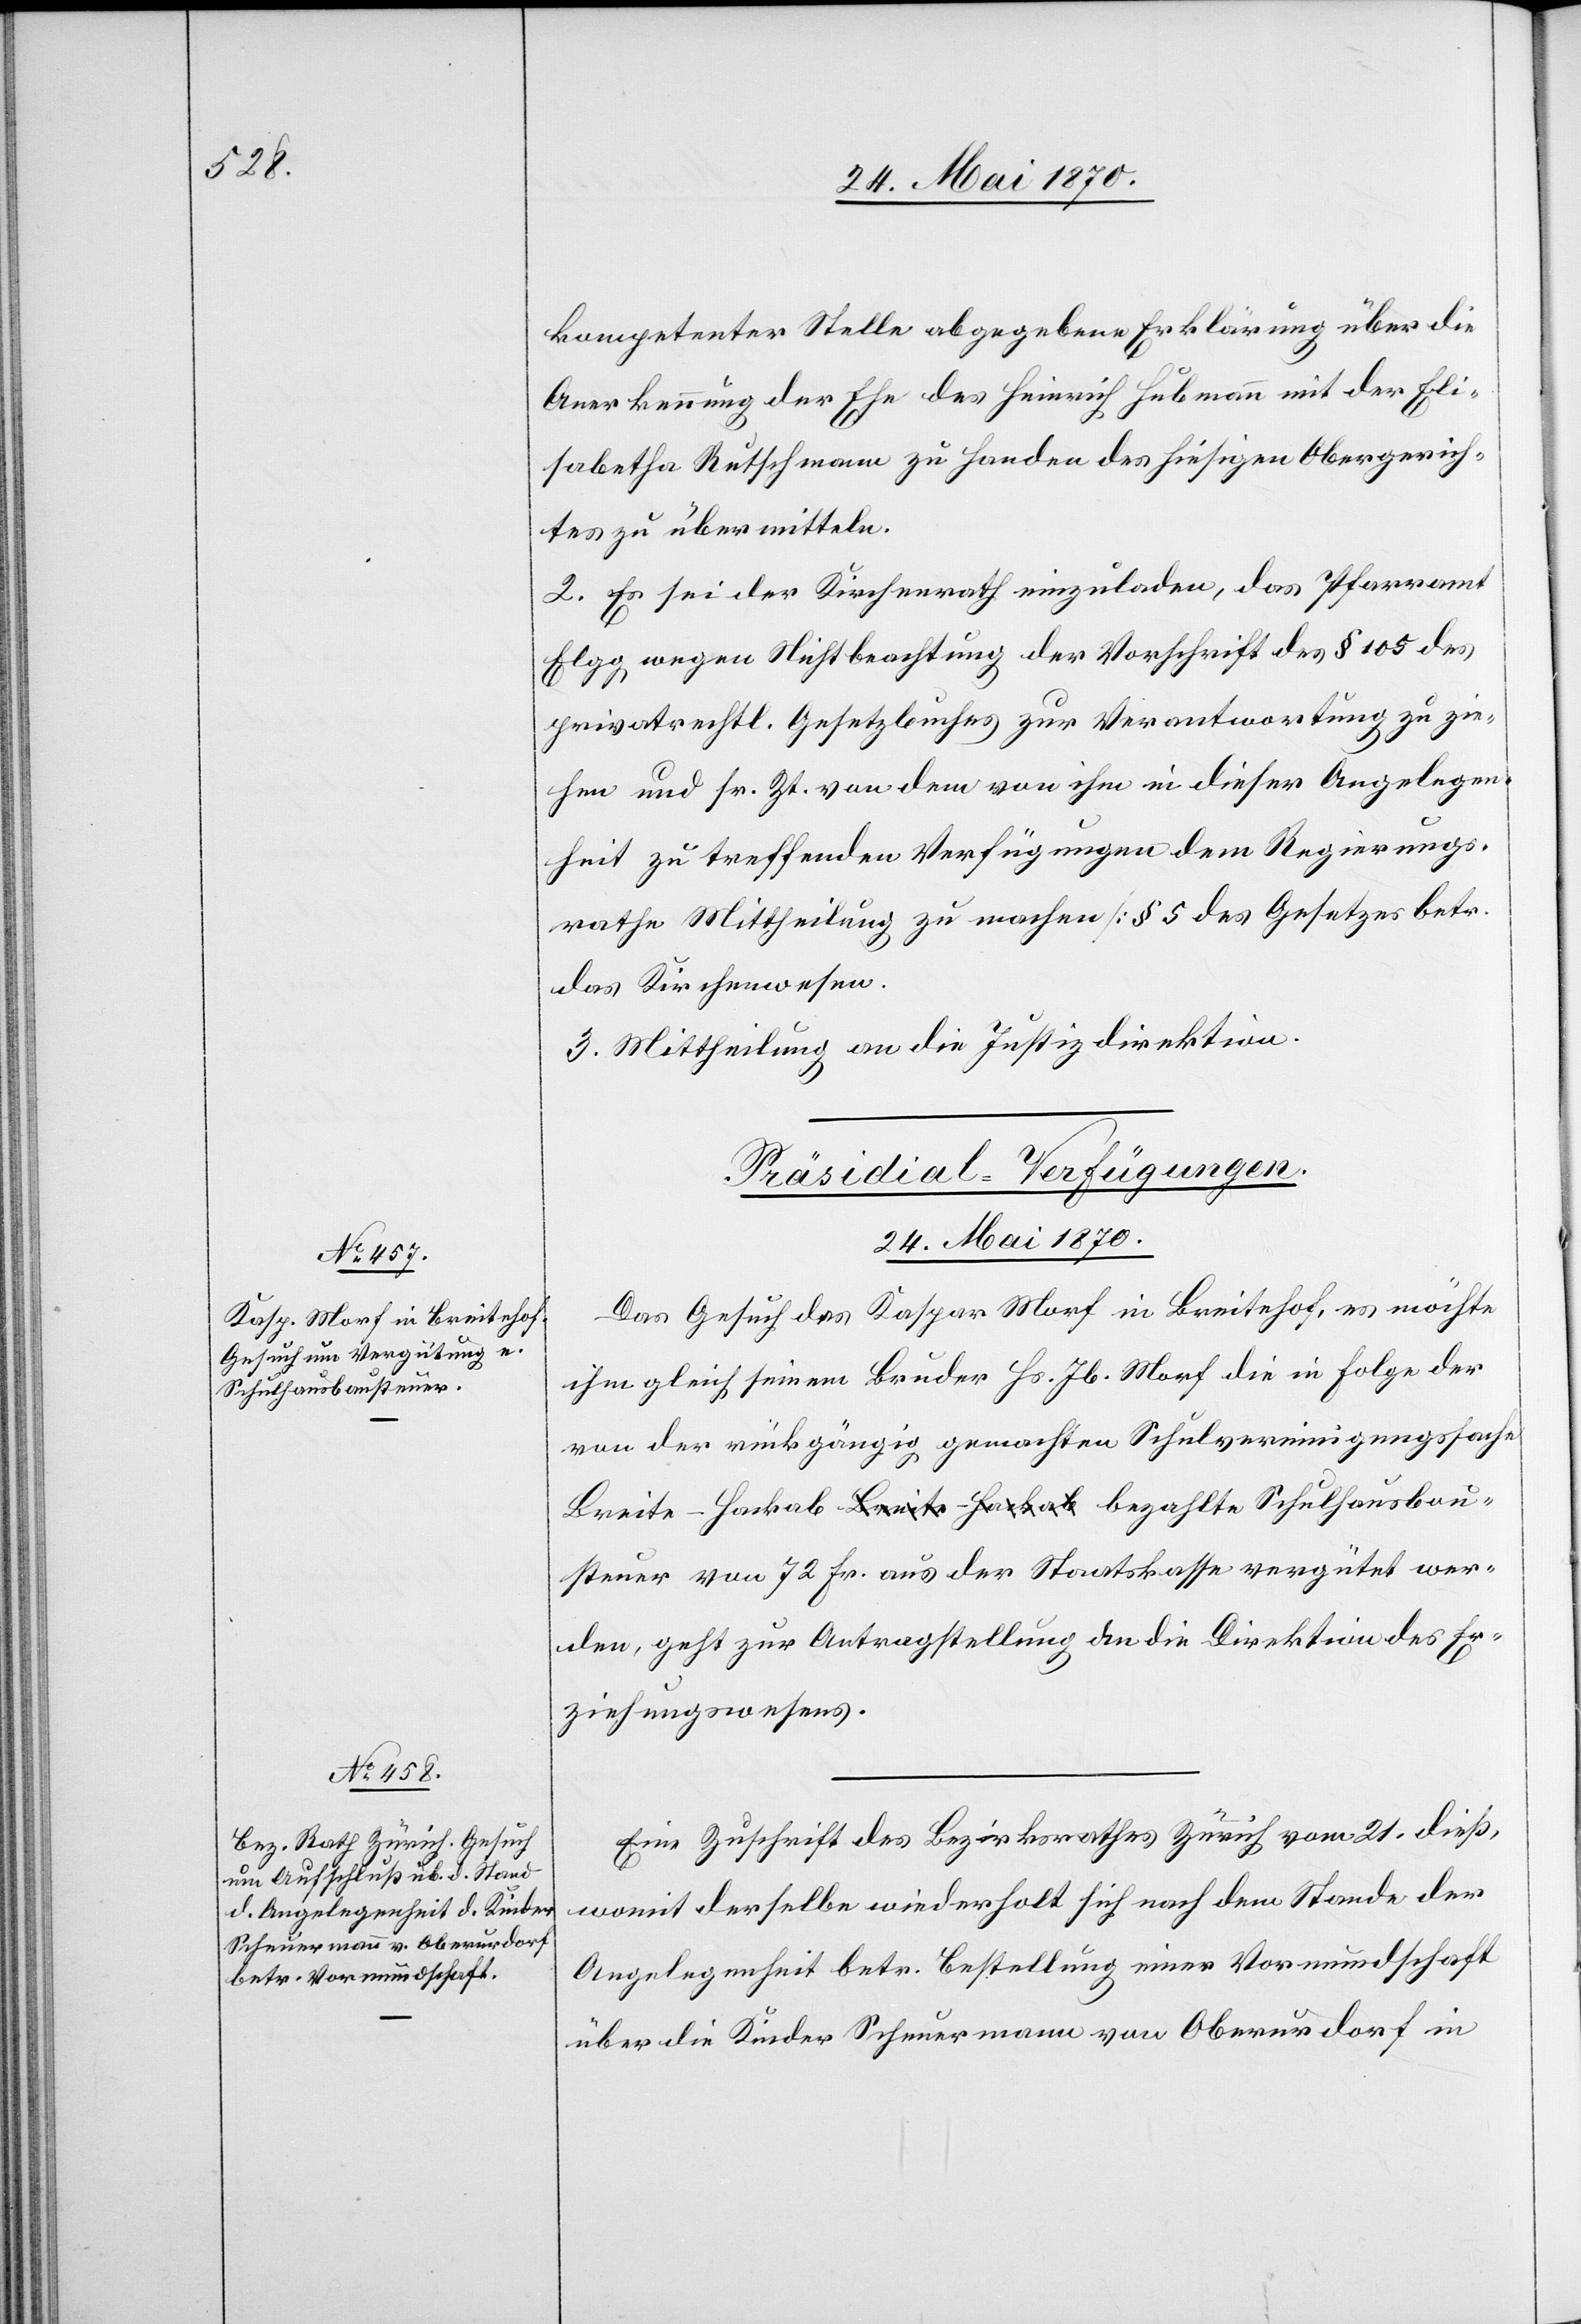
kompetenter Stelle abgegebene Erklärung über die
Anerkennung der Ehe des Heinrich Hubmann mit der Eli¬
sabetha Rutschmann zu Handen des hiesigen Obergerich¬
tes zu übermitteln.
2. Es sei der Kirchenrath einzuladen, das Pfarramt
Elgg wegen Nichtbeachtung der Vorschrift des § 109 des
privatrechtl. Gesetzbuches zur Verantwortung zu zie¬
hen und sr. Zt. von dem von ihm in dieser Angelegen¬
heit zu treffenden Verfügungen dem Regierungs¬
rathe Mittheilung zu machen [§ 5 des Gesetzes betr.
das Kirchenwesen].
3. Mittheilung an die Justizdirektion.
[Präsidial-Verfügungen.
24. Mai 1870.]
Das Gesuch des Kaspar Morf in Breitehof, es möchte
ihm gleich seinem Bruder Hs. Jb. Morf die in Folge der
von der rückgängig gemachten Schulvereinigungssache
Breite-Hackab a-Breite-Hackab-a bezahlte Schulhausbau¬
steuer von 72 Fr. aus der Staatskasse vergütet wer¬
den, geht zur Antragstellung an die Direktion des Er¬
ziehungswesens.
Eine Zuschrift des Bezirksrathes Zürich vom 21. dieß,
womit derselbe wiederholt sich nach dem Stande der
Angelegenheit betr. Bestellung einer Vormundschaft
über die Kinder Scheuermann von Oberurdorf in